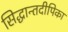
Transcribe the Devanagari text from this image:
सिद्धान्तदीपिका